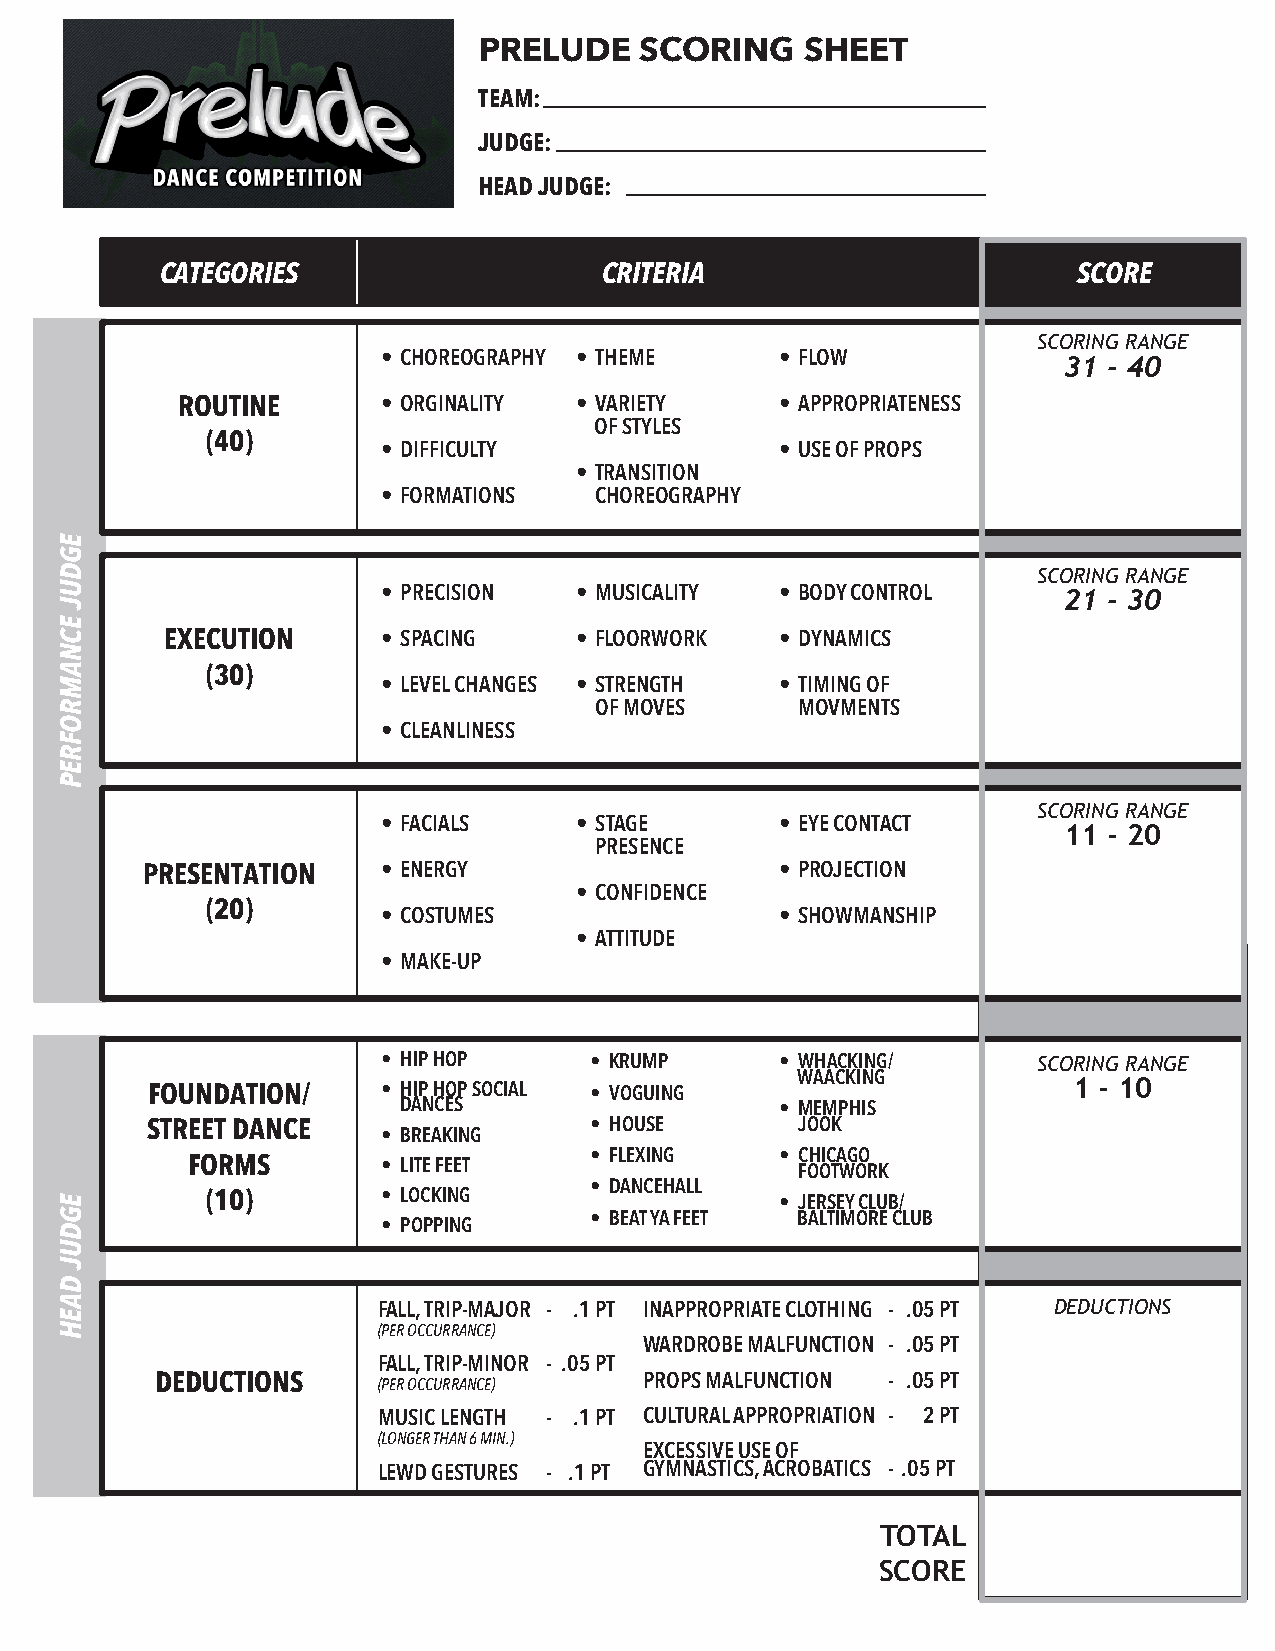
PRELUDE   SCORING    SHEET
 TEAM:
 JUDGE:
 HEAD JUDGE:
 CATEGORIES                   CRITERIA                       SCORE
 SCORING RANGE
 • CHOREOGRAPHY • THEME     • FLOW            31 - 40
 ROUTINE      • ORGINALITY • VARIETY     • APPROPRIATENESS
 OF STYLES
 (40)
 • DIFFICULTY               • USE OF PROPS
 • TRANSITION
 • FORMATIONS  CHOREOGRAPHY
 SCORING RANGE
 • PRECISION  • MUSICALITY  • BODY CONTROL    21 - 30
 EXECUTION     • SPACING    • FLOORWORK   • DYNAMICS
 (30)
 • LEVEL CHANGES • STRENGTH • TIMING OF
 OF MOVES      MOVMENTS
 • CLEANLINESS
 SCORING RANGE
 • FACIALS    • STAGE       • EYE CONTACT     11 - 20
 PRESENCE
 PRESENTATION    • ENERGY                   • PROJECTION
 • CONFIDENCE
 (20)
 • COSTUMES                 • SHOWMANSHIP
 • ATTITUDE
 • MAKE-UP
 • HIP HOP     • KRUMP      • WHACKING/      SCORING RANGE
 FOUNDATION/    • HIP HOP SOCIAL • VOGUING  WAACKING          1 - 10
 DANCES                   • MEMPHIS
 STREET DANCE                 • HOUSE       JOOK
 • BREAKING
 FORMS                      • FLEXING    • CHICAGO
 • LITE FEET                 FOOTWORK
 • DANCEHALL
 (10)       • LOCKING                  • JERSEY CLUB/
 • BEAT YA FEET BALTIMORE CLUB
 • POPPING
 FALL, TRIP-MAJOR - .1 PT INAPPROPRIATE CLOTHING - .05 PT DEDUCTIONS
 (PER OCCURRANCE)
 WARDROBE MALFUNCTION - .05 PT
 FALL, TRIP-MINOR - .05 PT
 DEDUCTIONS     (PER OCCURRANCE)  PROPS MALFUNCTION - .05 PT
 MUSIC LENGTH - .1 PT CULTURAL APPROPRIATION - 2 PT
 (LONGER THAN 6 MIN.)
 EXCESSIVE USE OF
 LEWD GESTURES - .1 PT GYMNASTICS, ACROBATICS - .05 PT
 TOTAL
 SCORE
 EGDUJ
 ECNAMROFREP
 EGDUJ
 DAEH